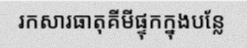
រកសារធាតុគីមីផ្ទុកក្នុងបន្លែ